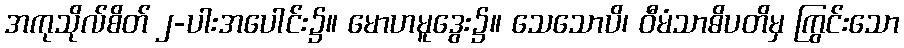
အကုသိုလ်စိတ် ၂-ပါးအပေါင်း၌။ မောဟမူဒွေး၌။ သေသောပိ၊ ဝီမံသာဓိပတိမှ ကြွင်းသော